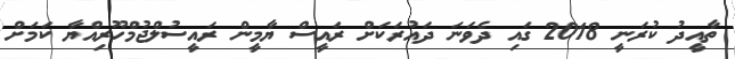
ތާއީދު ކުރަނީ 2018 ގައި ދެވަނަ ދައުރަކަށް ރައީސް ޔާމީން ރައީސުލްޖުމްހޫރިއްޔާ ކަމަށް